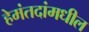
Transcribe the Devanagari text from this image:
हेमंतदांमधील